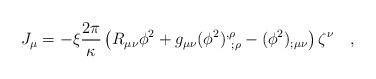
LaTeX: \begin{align*}J_\mu=-\xi {2\pi \over \kappa}\left(R_{\mu\nu}\phi^2+g_{\mu\nu}(\phi^2)^{,\rho}_{~;\rho}-(\phi^2)_{;\mu\nu}\right)\zeta^\nu~~~,\end{align*}